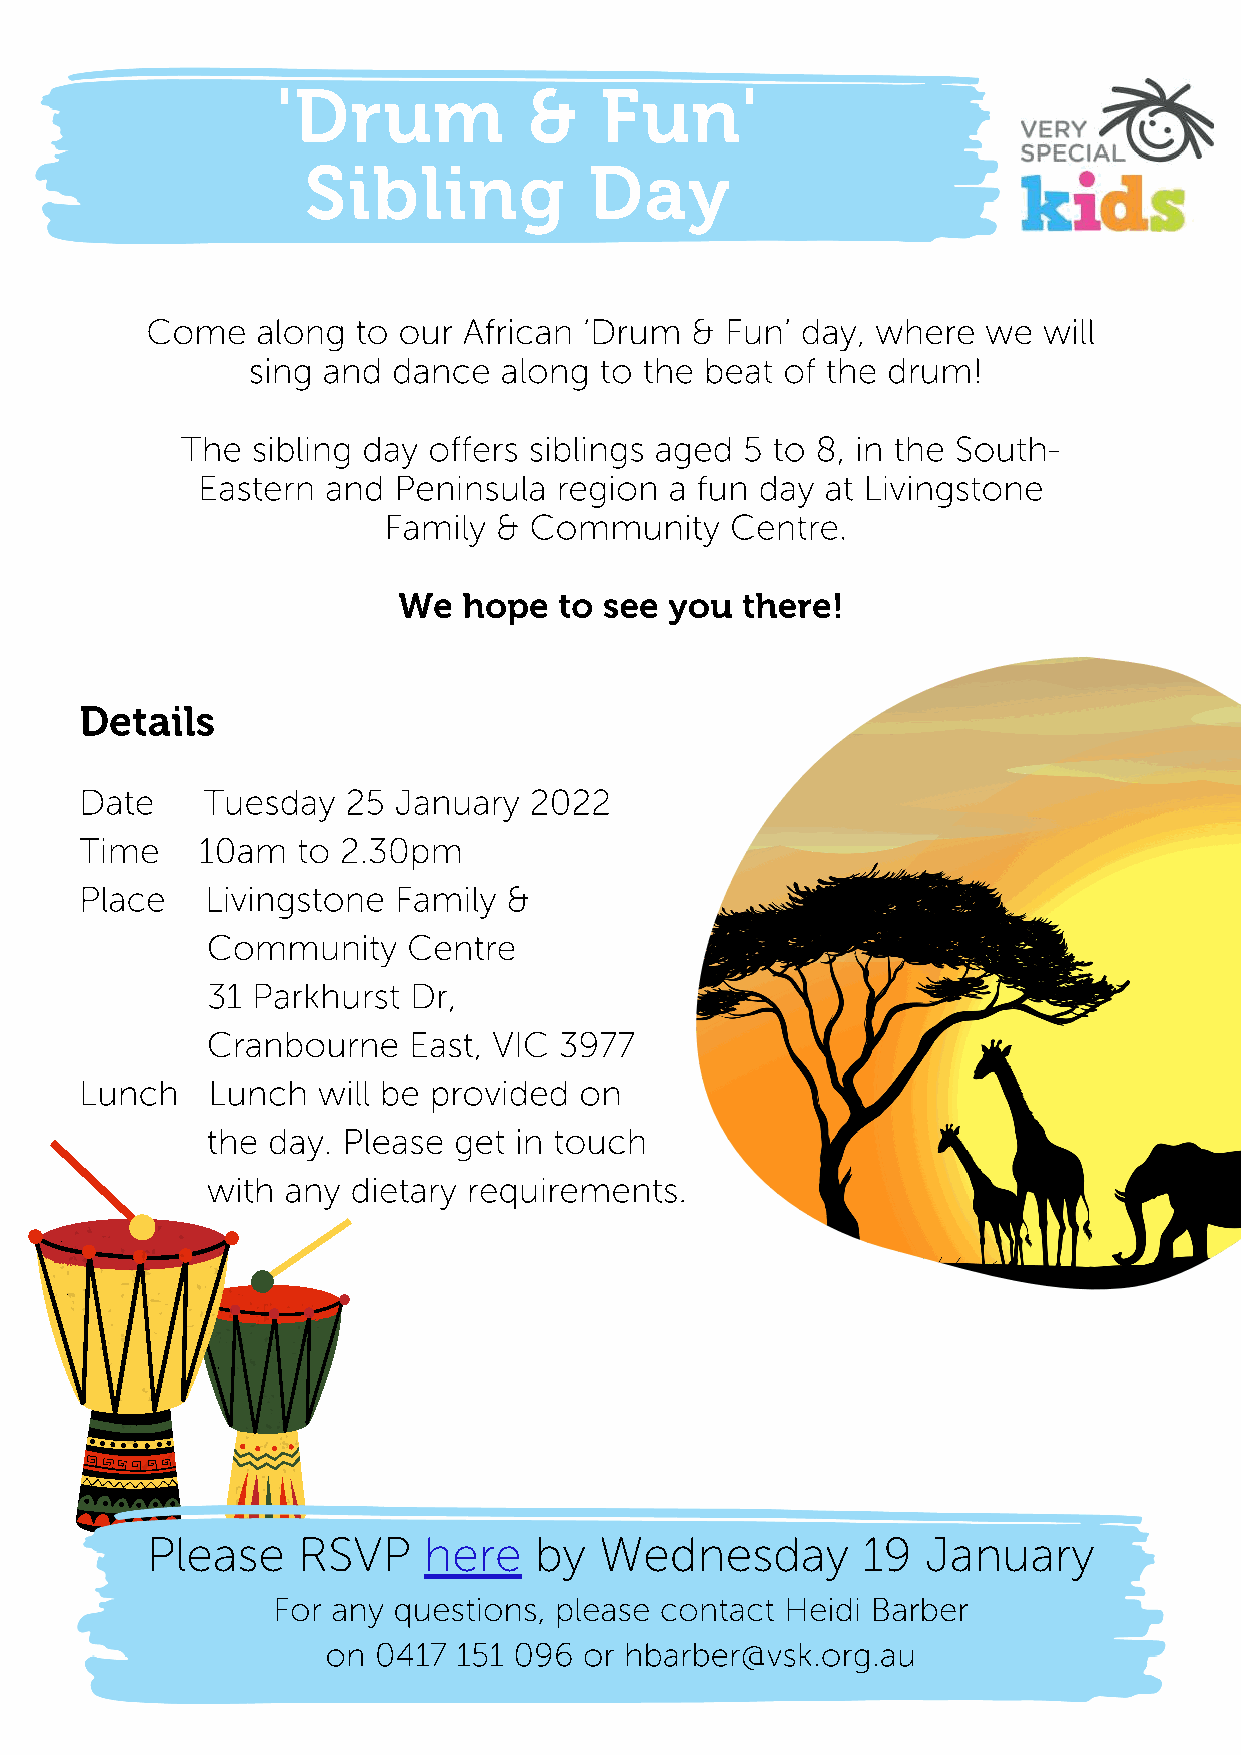
'Drum            &    Fun'
 Sibling            Day
 Come   along  to our African ‘Drum  & Fun’ day, where  we  will
 sing and  dance  along  to the beat of the drum!
 The  sibling day offers siblings aged 5 to 8, in the South-
 Eastern  and Peninsula  region a fun day  at Livingstone
 Family  & Community    Centre.
 We   hope  to see you  there!
 Details
 Date    Tuesday   25 January  2022
 Time    10am   to 2.30pm
 Place    Livingstone Family  &
 Community    Centre
 31 Parkhurst Dr,
 Cranbourne   East, VIC 3977
 Lunch    Lunch  will be provided on
 the day. Please get in touch
 with any dietary requirements.
 Please    RSVP    here   by   Wednesday        19  January
 For any questions, please contact Heidi Barber
 on 0417 151 096  or hbarber@vsk.org.au